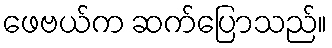
ဖေဗယ်က ဆက်ပြောသည်။